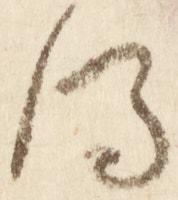
得